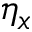
\eta _ { x }